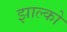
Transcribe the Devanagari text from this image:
झाल्को